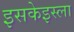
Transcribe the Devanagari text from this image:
इसकेइस्ला